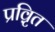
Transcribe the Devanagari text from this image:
प्रवृ़ित